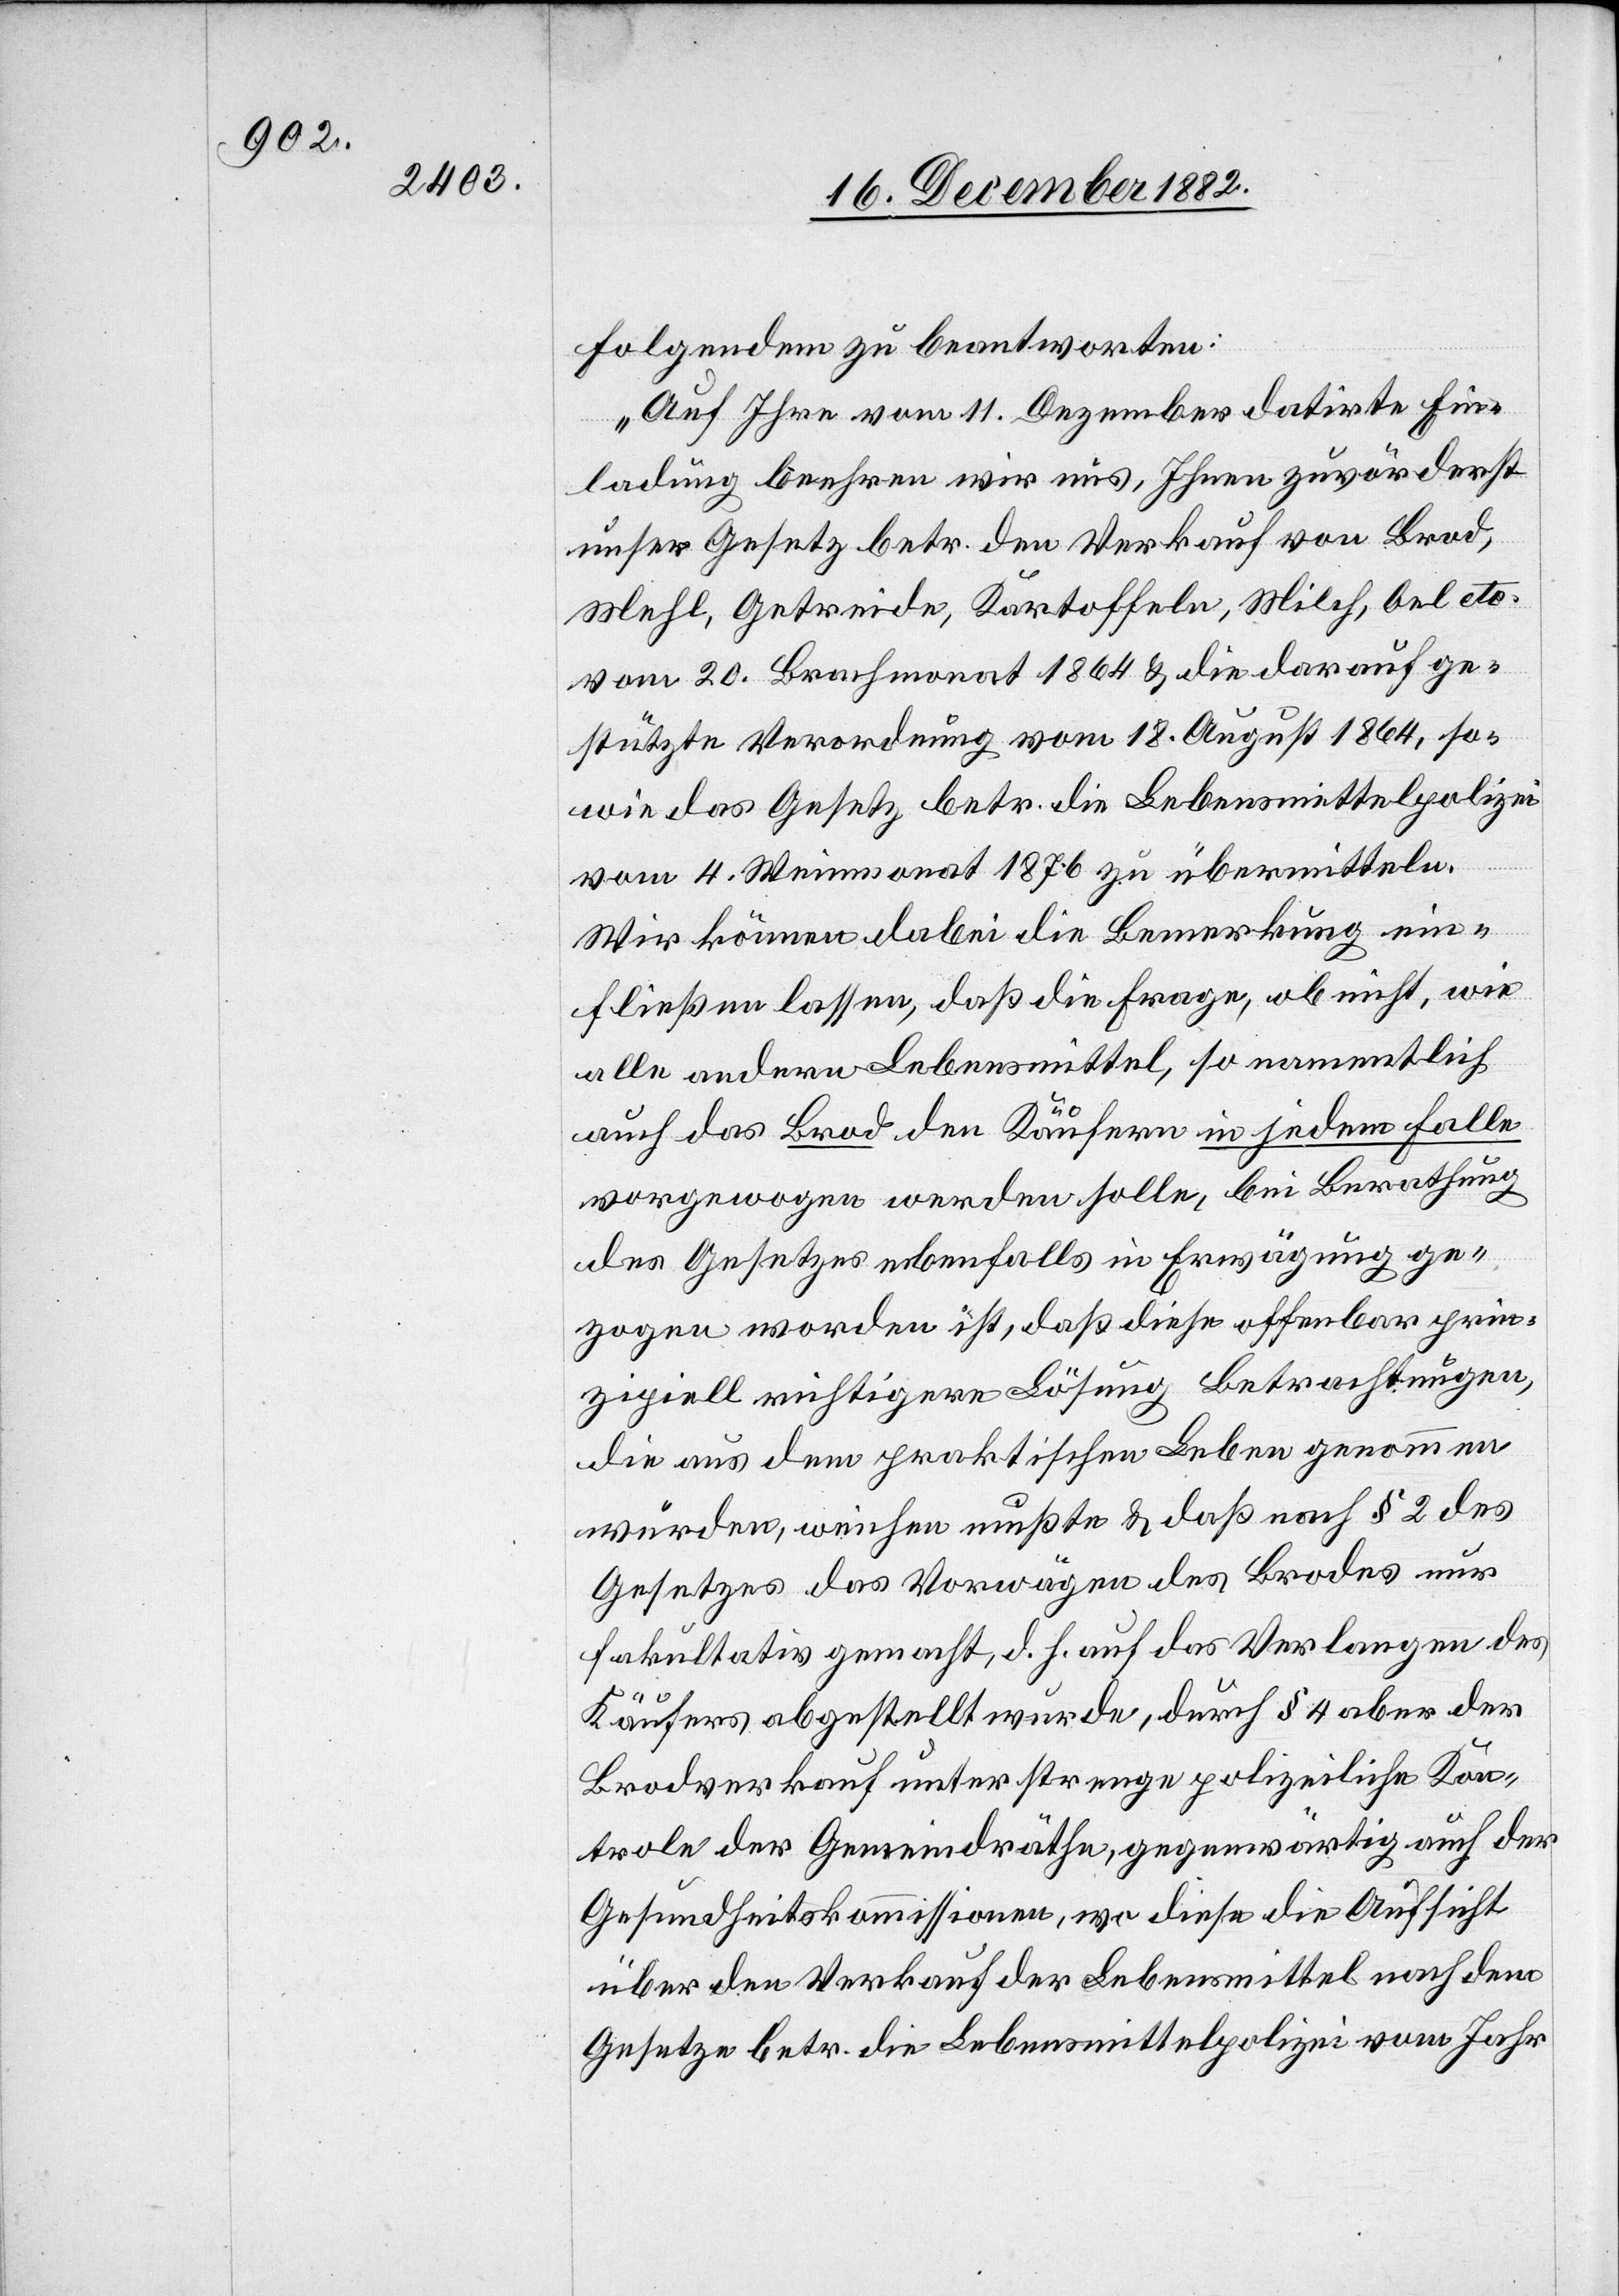
Folgendem zu beantworten:
„Auf Ihre vom 11. Dezember datirte Ein¬
ladung beehren wir uns, Ihnen zuvörderst
unser Gesetz betr. den Verkauf von Brod,
Mehl, Getreide, Kartoffeln, Milch, Oel etc.
vom 20. Brachmonat 1864 & die darauf ge¬
stützte Verordnung vom 18. August 1864, so¬
wie das Gesetz betr. die Lebensmittelpolizei
vom 4. Weinmonat 1876 zu übermitteln.
Wir können dabei die Bemerkung ein¬
fließen lassen, daß die Frage, ob nicht, wie
alle andern Lebensmittel, so namentlich
auch das Brod den Käufern in jedem Falle
vorgewogen werden solle, bei Berathung
des Gesetzes ebenfalls in Erwägung ge¬
zogen worden ist, daß diese offenbar prin¬
zipiell richtigere Lösung Betrachtungen,
die aus dem praktischen Leben genommen
wurden, weichen mußte & daß nach § 2 des
Gesetzes das Vorwägen des Brodes nur
fakultativ gemacht, d. h. auf das Verlangen des
Käufers abgestellt wurde, durch § 4 aber der
Brodverkauf unter strenge polizeiliche Kon¬
trole der Gemeindräthe, gegenwärtig auch der
Gesundheitskommission, wo diese die Aufsicht
über den Verkauf der Lebensmittel nach dem
Gesetze betr. die Lebensmittelpolizei vom Jahr